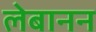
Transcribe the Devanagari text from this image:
लेबानन